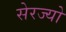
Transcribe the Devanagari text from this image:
सेरज्यो